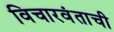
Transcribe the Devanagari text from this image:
विचारवंताची